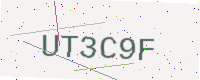
Text: UT3C9F